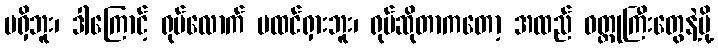
မရှိဘူး၊ ဒါကြောင့် ရုပ်လောက် မထင်ရှားဘူး၊ ရုပ်ဆိုတာကတော့ အထည် ဝတ္ထုကြီးတွေနဲ့မို့